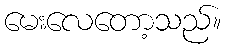
မေးလေတော့သည်။